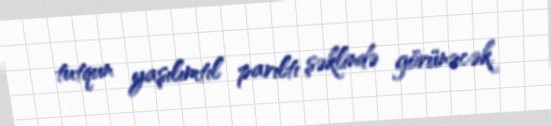
tutqun yaşılımtıl parıltı şəklində görünəcək.